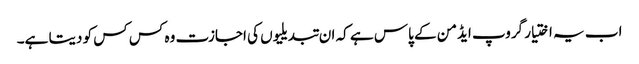
اب یہ اختیار گروپ ایڈمن کے پاس ہے کہ ان تبدیلیوں کی اجازت وہ کس کس کو دیتا ہے۔